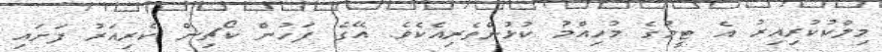
މިލްކުކުރިއިރު އެ ޓީމުގެ މުހިއްމު ކުޅުންތެރިއެކެވެ. އޭގެ ފަހުން ކޯޗިން ކެރިއަރު ފަށައި